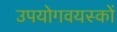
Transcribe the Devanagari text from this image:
उपयोगवयस्कों